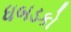
ધબડકો